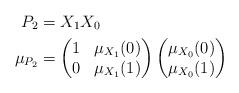
LaTeX: \begin{align*}P_2& = X_1 X_0\\\mu_{P_2}& =\begin{pmatrix}1& \mu_{X_1}(0)\\0& \mu_{X_1}(1)\end{pmatrix}\begin{pmatrix}\mu_{X_0}(0)\\\mu_{X_0}(1)\end{pmatrix}\end{align*}